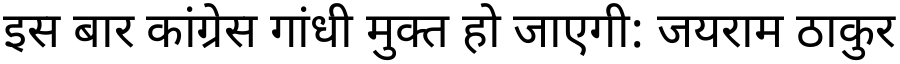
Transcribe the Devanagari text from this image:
इस बार कांग्रेस गांधी मुक्त हो जाएगी: जयराम ठाकुर